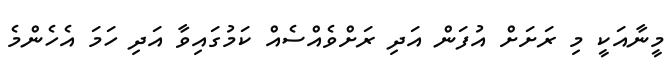
މީނާއަކީ މި ރަށަށް އުފަން އަދި ރަށްވެއްސެއް ކަމުގައިވާ އަދި ހަމަ އެހެންމެ